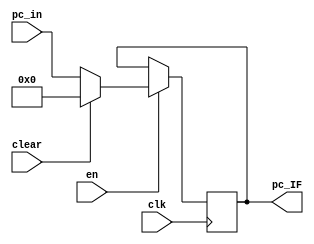
module IF_reg(
           input clk, en, clear,
           input [31: 0] pc_in,
           output reg [31: 0] pc_IF
       );
initial begin
    pc_IF=0;
end

always @(posedge clk) begin
    if(en) begin
        if(clear)
            pc_IF <= 0;
        else
            pc_IF <= pc_in;
    end
end

endmodule